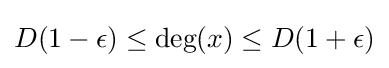
D(1-\epsilon )\leq {\text{deg}}(x)\leq D(1+\epsilon )